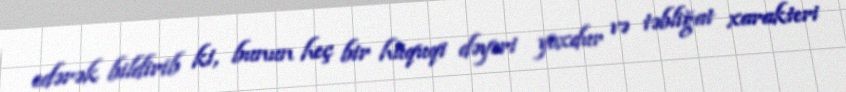
edərək bildirib ki, bunun heç bir hüquqi dəyəri yoxdur və təbliğat xarakteri